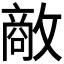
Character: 𪯔